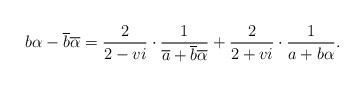
LaTeX: \begin{align*}b\alpha-\overline{b}\overline{\alpha}=\frac{2}{2-vi}\cdot\frac{1}{\overline{a}+\overline{b}\overline{\alpha}}+\frac{2}{2+vi}\cdot\frac{1}{a+b\alpha}.\end{align*}